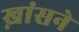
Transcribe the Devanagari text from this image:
ख़ांसने